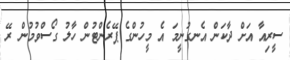
ސީރިއާ އަށް ދާކަން އެނގުނީމަ އެ މީހުންގެ ޕޭރެންޓުން ހާލު ގޯސްވުމުން ރޭ